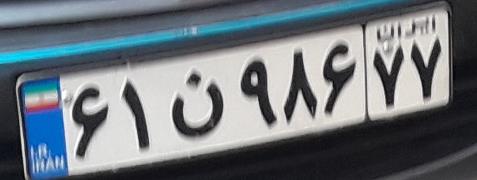
۶۱ن۹۸۶۷۷